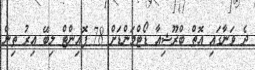
ދެ ވަނާގައި އޮތް ބްރޫޝިއާ ޑޯޓްމަންޑަށް 78 ޕޮއިންޓް ލިބޭ އިރު ތިން